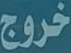
خروج